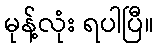
မုန့်လုံး ရပါပြီ။